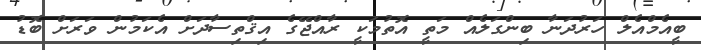
ބީއެމްއެލް ހަރުދަނާ ބިންގަލެއް މަތީ އޮތުމަކީ ރާއްޖޭގެ އިޤްތިސާދަށް އެކަމުން ވަރަށް ބޮޑު